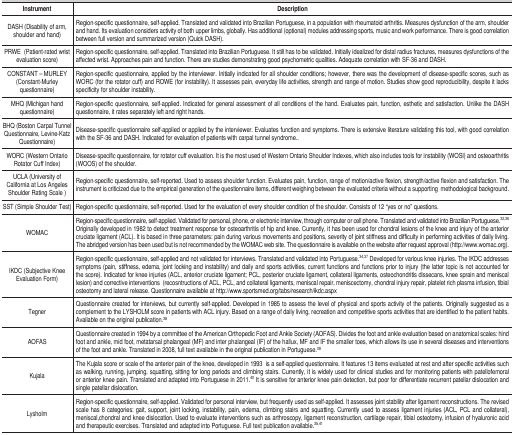
<table><thead><tr><td><b>Instrument</b></td><td><b>Description</b></td></tr></thead><tbody><tr><td>DASH (Disability ofarm, shoulder and hand) </td><td>Region-specificquestionnaire, self-applied. Translated and validated into BrazilianPortuguese, in a population with rheumatoid arthritis. Measures dysfunctionof the arm, shoulder and hand. Its evaluation considers activity of bothupper limbs, globally. Has additional (optional) modules addressing sports,music and work performance. There is good correlation between full versionand summarized version (Quick DASH).</td></tr><tr><td>PRWE(Patient-ratedwrist evaluation score) </td><td>Region-specificquestionnaire, self-applied. Translated into Brazilian Portuguese. It stillhas to be validated. Initially idealized for distal radius fractures,measures dysfunctions of the affected wrist. Approaches pain and function.There are studies demonstrating good psychometric qualities. Adequatecorrelation with SF-36 and DASH.</td></tr><tr><td>CONSTANT – MURLEY(Constant-Murley questionnaire) </td><td>Region-specificquestionnaire, applied by the interviewer. Initially indicated for allshoulder conditions; however, there was the development of disease-specificscores, such as WORC (for the rotator cuff) and ROWE (for instability). Itassesses pain, everyday life activities, strength and range of motion.Studies show good reproducibility, despite it lacks specificity for shoulderinstability.</td></tr><tr><td>MHQ (Michigan handquestionnaire) </td><td>Region-specificquestionnaire, self-applied. Indicated for general assessment of allconditions of the hand. Evaluates pain, function, esthetic and satisfaction.Unlike the DASH questionnaire, it rates separately left and right hands.</td></tr><tr><td>BHQ (Boston CarpalTunnel Questionnaire, Levine-Katz Questionnaire)</td><td>Disease-specificquestionnaire self-applied or applied by the interviewer. Evaluates functionand symptoms. There is extensive literature validating this tool, with goodcorrelation with the SF-36 and DASH. Indicated for evaluation of patientswith carpal tunnel syndrome.. </td></tr><tr><td>WORC (Western OntarioRotator Cuff Index)</td><td>Disease-specificquestionnaire, for rotator cuff evaluation. It is the most used of WesternOntario Shoulder Indexes, which also includes tools for instability (WOSI)and osteoarthritis (WOOS) of the shoulder.</td></tr><tr><td>UCLA (University ofCalifornia at Los Angeles Shoulder Rating Scale )</td><td>Region-specificquestionnaire, self-reported. Used to assess shoulder function. Evaluatespain, function, range of motion/active flexion, strength/active flexion andsatisfaction. The instrument is criticized due to the empirical generation ofthe questionnaire items, different weighing between the evaluated criteriawithout a supportingmethodological background.</td></tr><tr><td>SST (Simple ShoulderTest)</td><td>Region-specificquestionnaire, self-reported. Used for the evaluation of every shouldercondition of the shoulder. Consists of 12 “yes or no” questions. </td></tr><tr><td>WOMAC</td><td>Region-specificquestionnaire, self-applied. Validated for personal, phone, or electronicinterview, through computer or cell phone. Translated and validated intoBrazilian Portuguese.<sup>32,36</sup> Originally developed in 1982 to detecttreatment response for osteoarthritis of hip and knee. Currently, it has beenused for chondral lesions of the knee and injury of the anterior cruciateligament (ACL). It is based in three parameters: pain during variousmovements and positions, severity of joint stiffness and difficulty inperforming activities of daily living. The abridged version has been used butis not recommended by the WOMAC web site. The questionnaire is available onthe website after request approval (http://www.womac.org).</td></tr><tr><td>IKDC (Subjective KneeEvaluation Form)</td><td>Region-specificquestionnaire, self-applied and not validated for interviews. Translated andvalidated into Portuguese.<sup>34,37</sup> Developed for various kneeinjuries. The IKDC addresses symptoms (pain, stiffness, edema, joint lockingand instability) and daily and sports activities, current functions andfunctions prior to injury (the latter topic is not accounted for the score).Indicated for knee injuries (ACL, anterior cruciate ligament; PCL, posteriorcruciate ligament, collateral ligaments, osteochondritis dissecans, kneesprain and meniscal lesion) and corrective interventions(recosntructions ofACL, PCL, and collateral ligaments, meniscal repair, meniscectomy, chondralinjury repair, platelet rich plasma infusion, tibial osteotomy and lateralrelease. Questionnaire available at http://www.sportsmed.org/tabs/research/ikdc.aspx</td></tr><tr><td>Tegner</td><td>Questionnaire createdfor interviews, but currently self-applied. Developed in 1985 to assess thelevel of physical and sports activity of the patients. Originally suggestedas a complement to the LYSHOLM score in patients with ACL injury. Based on arange of daily living, recreation and competitive sports activities that areidentified to the patient habits. Available on the original publication.<sup>38</sup></td></tr><tr><td>AOFAS</td><td>Questionnaire createdin 1994 by a committee of the American Orthopedic Foot and Ankle Society(AOFAS). Divides the foot and ankle evaluation based on anatomical scales:hind foot and ankle, mid foot, metatarsal phalangeal (MF) and interphalangeal (IF) of the hallux, MF and IF the smaller toes, which allows itsuse in several diseases and interventions of the foot and ankle. Translatedin 2008, full text available in the original publication in Portuguese.<sup>39</sup></td></tr><tr><td>Kujala</td><td>The Kujala score orscale of the anterior pain of the knee, developed in 1993is a self-appliedquestionnaire. It features 13 items evaluated at rest and after specificactivities such as walking, running, jumping, squatting, sitting for longperiods and climbing stairs. Currently, it is widely used for clinicalstudies and for monitoring patients with patellofemoral or anterior kneepain. Translated and adapted into Portuguese in 2011.<sup>40</sup> It issensitive for anterior knee pain detection, but poor for differentiaterecurrent patellar dislocation and single patellar dislocation. </td></tr><tr><td>Lysholm</td><td>Region-specificquestionnaire, self-applied. Validated for personal interview, but frequentlyused as self-applied. It assesses joint stability after ligamentreconstructions. The revised scale has 8 categories: gait, support, jointlocking, instability, pain, edema, climbing stairs and squatting. Currentlyused to assess ligament injuries (ACL, PCL and collateral), meniscal,chondraland knee dislocation. Used to evaluate interventions such as arthroscopy,ligament reconstruction, cartilage repair, tibial osteotomy, infusion ofhyaluronic acid and therapeutic exercises. Translated and adapted intoPortuguese. Full text publication available.<sup>35,41</sup></td></tr></tbody></table>